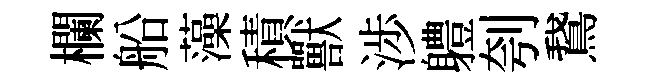
欄船藻積獸渉軆刳鵞